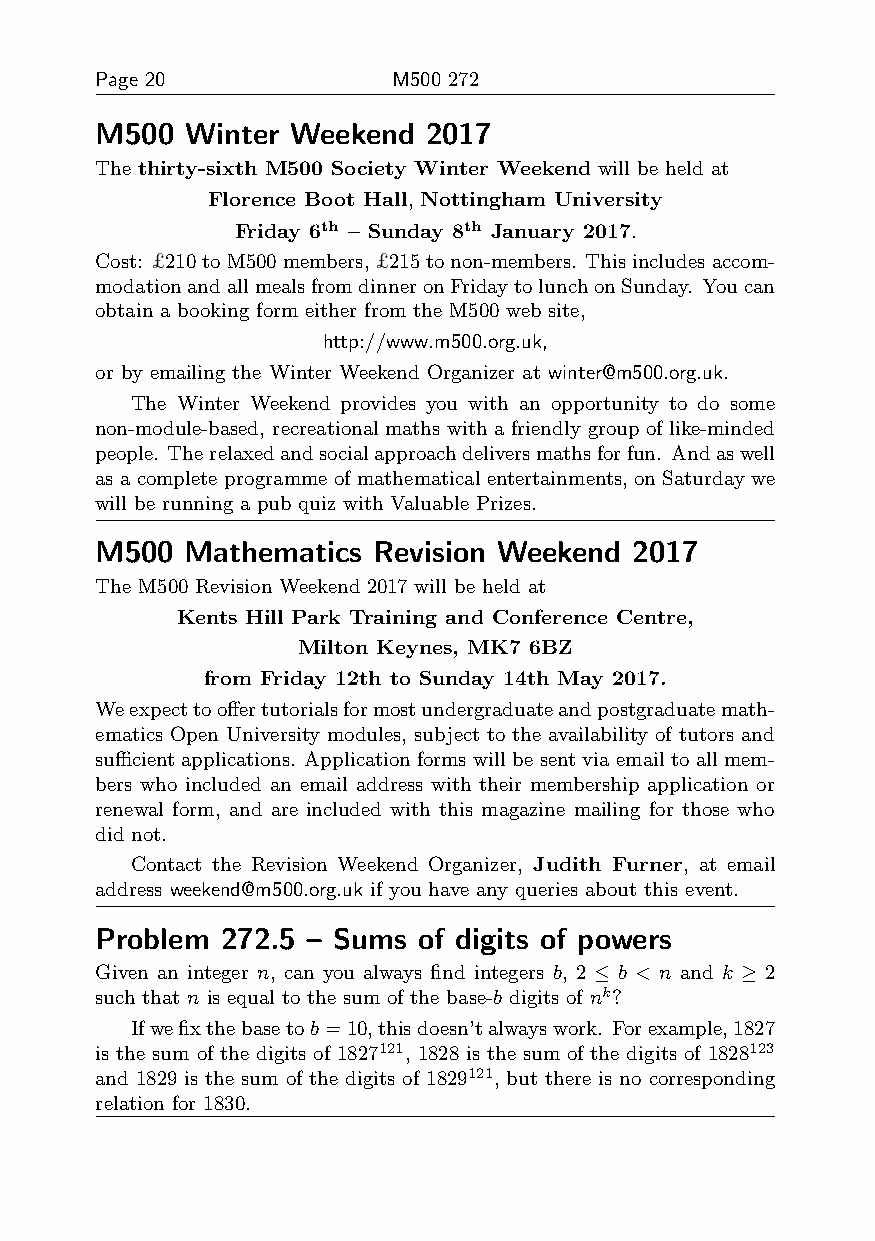
Page 20             M500 272
 M500  Winter Weekend  2017
 The thirty-sixth M500 Society Winter Weekend will be held at
 Florence Boot Hall, Nottingham University
 Friday 6th – Sunday 8th January 2017.
 Cost: £210toM500members,£215tonon-members. Thisincludesaccom-
 modationandallmealsfromdinneronFridaytolunchonSunday. Youcan
 obtain a booking form either from the M500 web site,
 http://www.m500.org.uk,
 or by emailing the Winter Weekend Organizer at winter@m500.org.uk.
 The Winter Weekend provides you with an opportunity to do some
 non-module-based, recreational maths with a friendly group of like-minded
 people. Therelaxedandsocialapproachdeliversmathsforfun. Andaswell
 as a complete programme of mathematical entertainments, on Saturday we
 will be running a pub quiz with Valuable Prizes.
 M500  Mathematics  Revision Weekend 2017
 The M500 Revision Weekend 2017 will be held at
 Kents Hill Park Training and Conference Centre,
 Milton Keynes, MK7 6BZ
 from Friday 12th to Sunday 14th May 2017.
 Weexpecttooffertutorialsformostundergraduateandpostgraduatemath-
 ematics Open University modules, subject to the availability of tutors and
 sufficient applications. Application forms will be sent via email to all mem-
 bers who included an email address with their membership application or
 renewal form, and are included with this magazine mailing for those who
 did not.
 Contact the Revision Weekend Organizer, Judith Furner, at email
 address weekend@m500.org.uk if you have any queries about this event.
 Problem  272.5 – Sums of digits of powers
 Given an integer n, can you always find integers b, 2 ≤ b < n and k ≥ 2
 such that n is equal to the sum of the base-b digits of nk?
 Ifwefixthebasetob=10,thisdoesn’talwayswork. Forexample,1827
 is the sum of the digits of 1827121, 1828 is the sum of the digits of 1828123
 and 1829 is the sum of the digits of 1829121, but there is no corresponding
 relation for 1830.